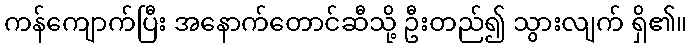
ကန်ကျောက်ပြီး အနောက်တောင်ဆီသို့ ဦးတည်၍ သွားလျက် ရှိ၏။